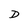
Character: D